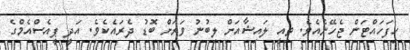
ހިފަހައްޓަން ޖެހޭނެއެވެ. ތިއީ ލައިޝާއަށް ލިބުނު ވަރަށް ބޮޑު ދެރައެކެވެ. އަދީ ޕީއެސްއެމްގެ